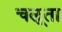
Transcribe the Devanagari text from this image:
चलूता